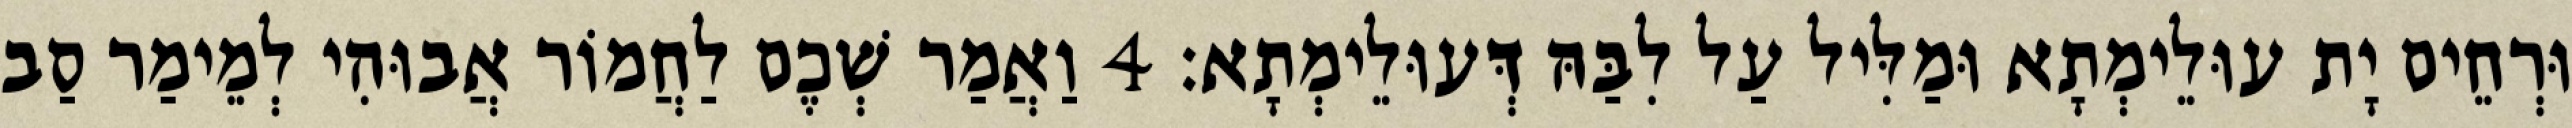
וּרְחֵים יָת עוּלֵימְתָא וּמַלִּיל עַל לִבַּהּ דְּעוּלֵימְתָא׃ 4 וַאֲמַר שְׁכֶם לַחֲמוֹר אֲבוּהִי לְמֵימַר סַב